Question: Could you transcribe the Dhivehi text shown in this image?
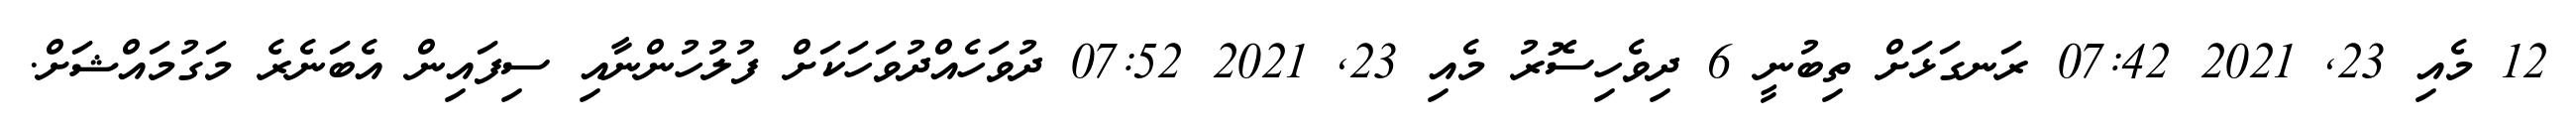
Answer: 12 މެއި 23, 2021 07:42 ރަނގަޅަށް ތިބުނީ 6 ދިވެހިސޮރު މެއި 23, 2021 07:52 ދުވަހެއްދުވަހަކަށް ފުލުހުންނާއި ސިފައިން އެބަނެރެ މަގުމައްޝަށް.